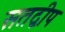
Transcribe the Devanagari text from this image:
सतद्वीप